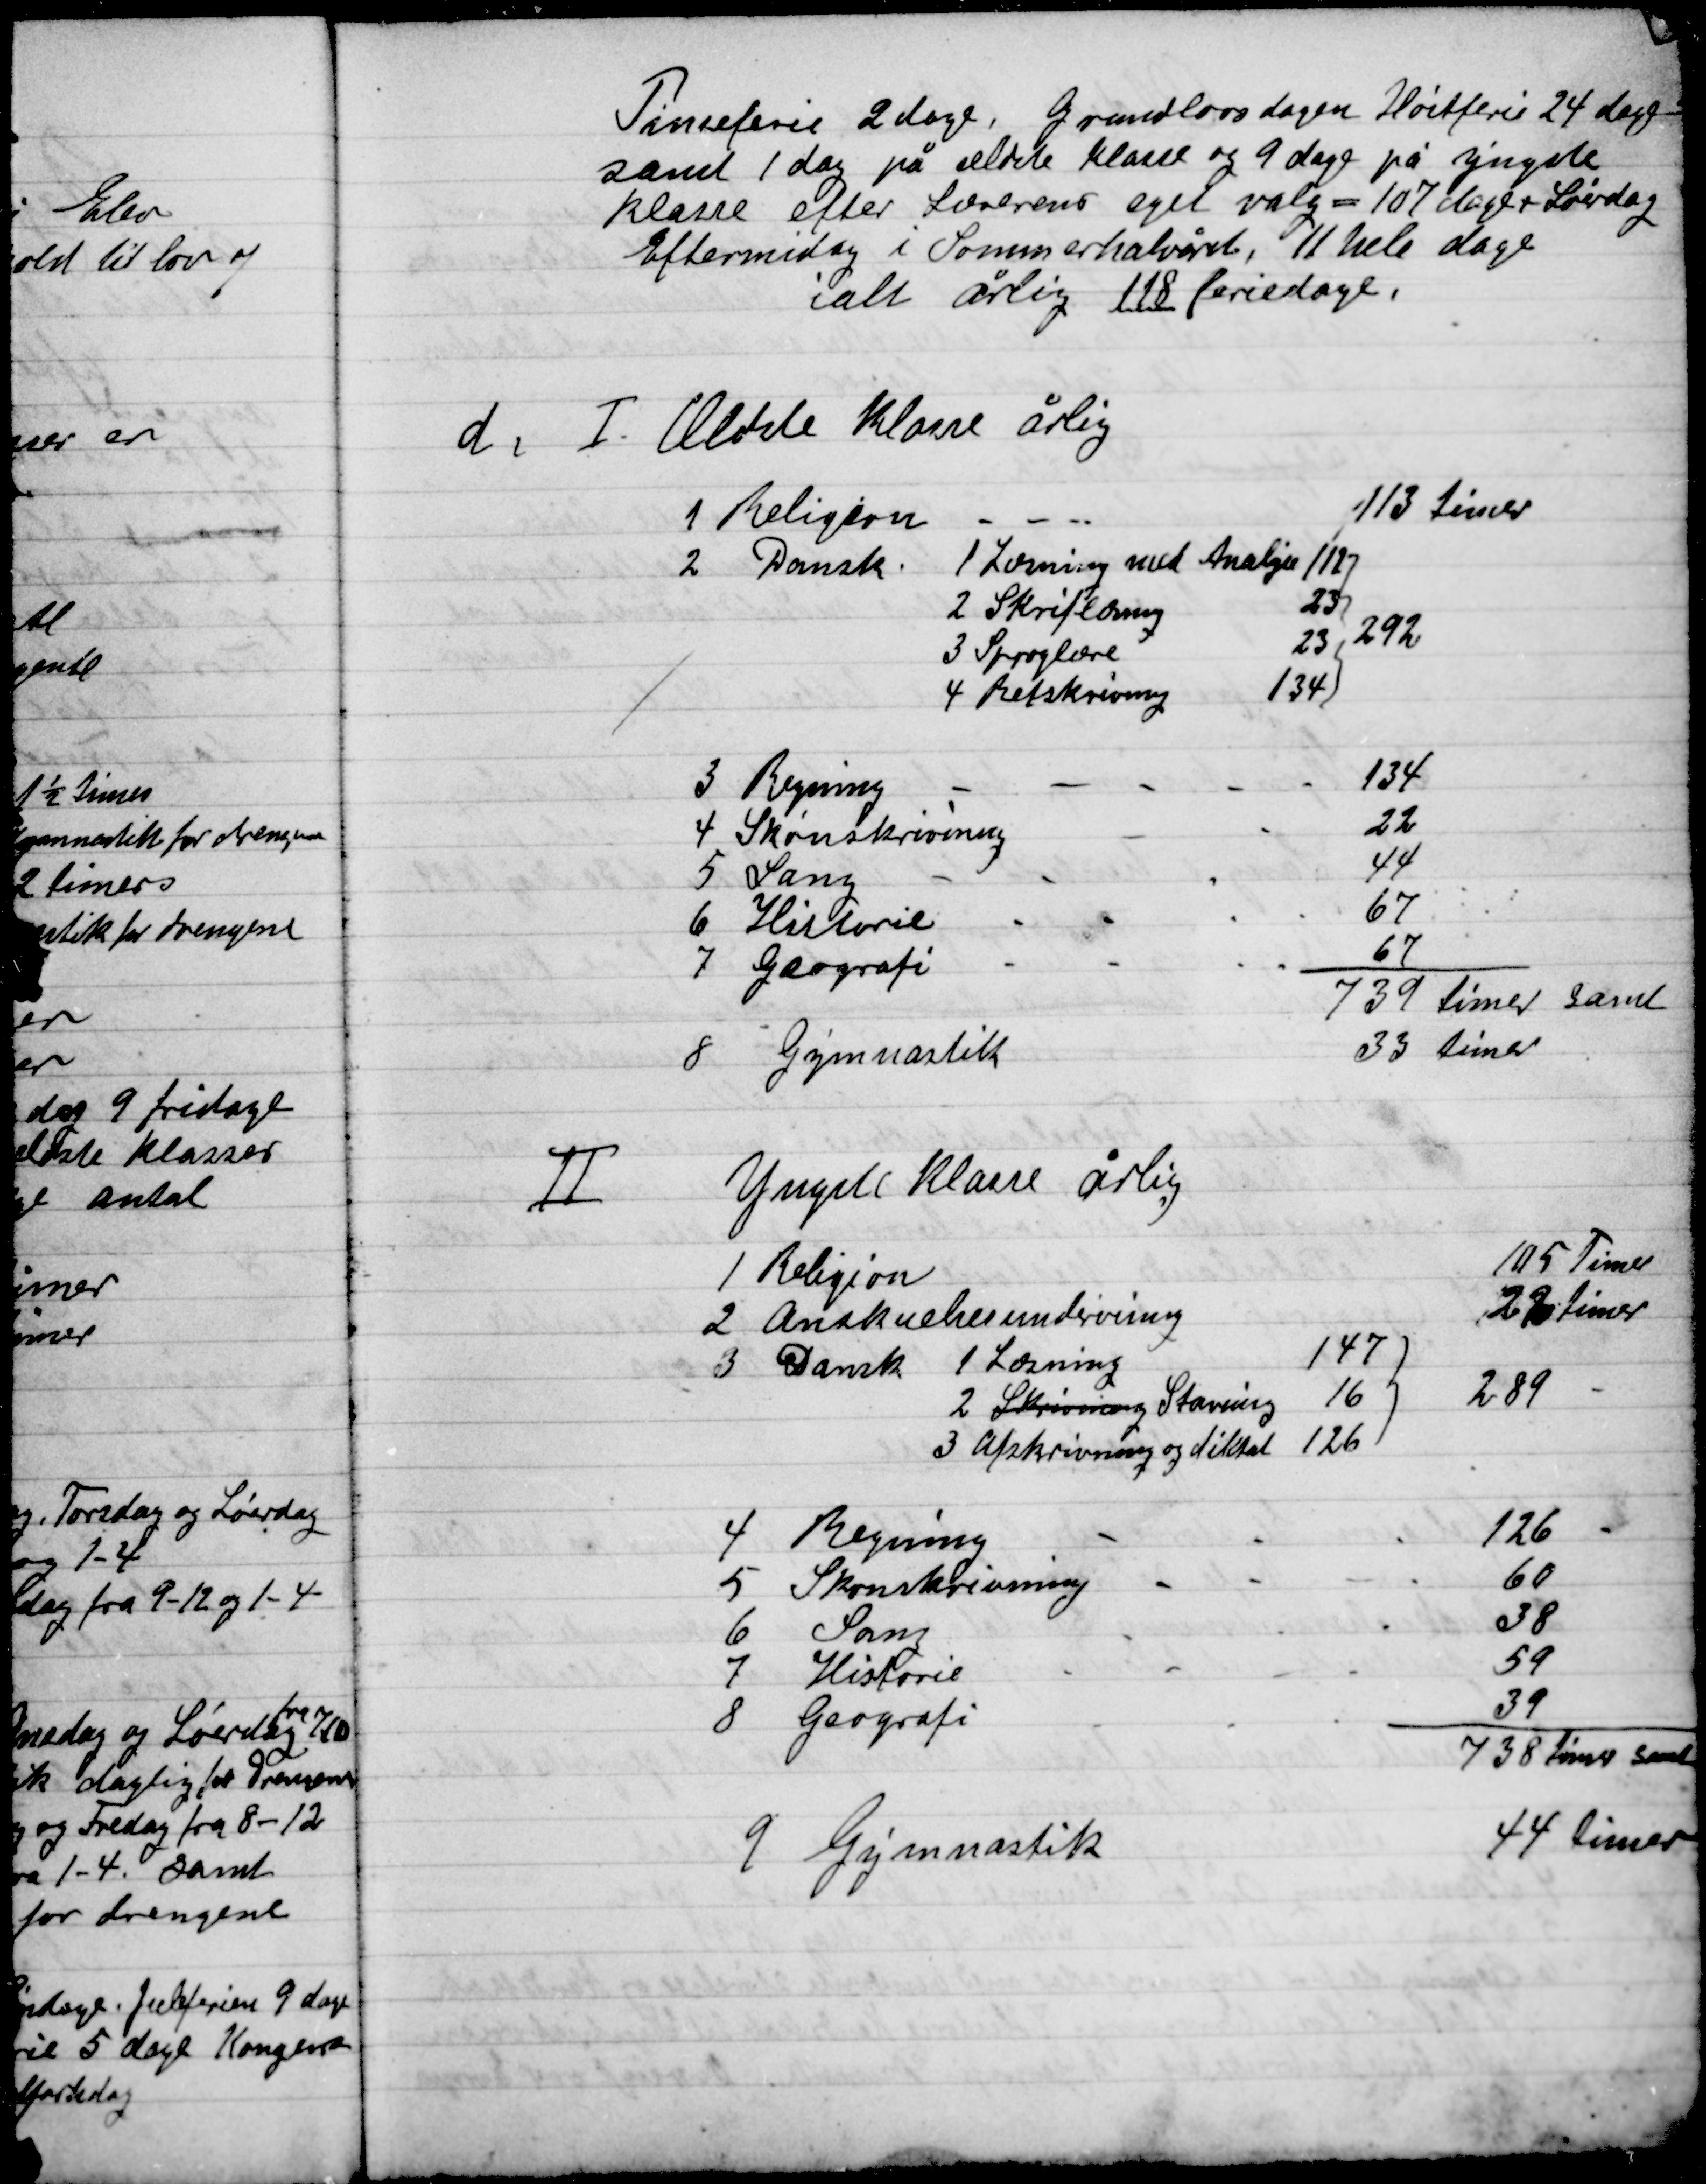
Transskription:
Pinseferie 2 dage. Grundlovsdagen høstferie 24 dage
samt 1 dag på ældste klasse og 9 dage på yngste
klasse efter Lærerens eget valg = 107 dage + Lørdag
eftermiddag i Sommerhalvåret, 11 hele dage
i alt årlig 118 feriedage.

D

I

Ældste Klasser årlig

II

Yngste Klasse årlig